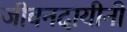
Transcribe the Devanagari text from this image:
जीवनदायीनी